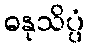
ဓနုသိပ္ပံ